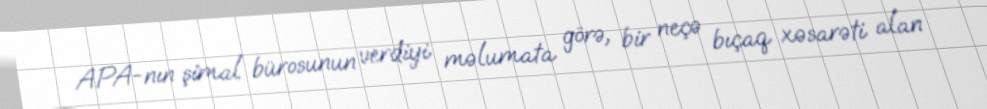
APA-nın şimal bürosunun verdiyi məlumata görə, bir neçə bıçaq xəsarəti alan